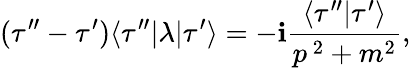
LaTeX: (\tau^{\prime\prime}-\tau^{\prime})\langle\tau^{\prime\prime}|\lambda|\tau^{\prime}\rangle=-\mathbf{i}{\frac{{\langle\tau^{\prime\prime}|\tau^{\prime}\rangle}}{{p^{\ 2}+m^{2}}}},